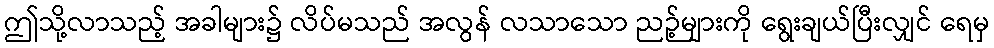
ဤသို့လာသည့် အခါများ၌ လိပ်မသည် အလွန် လသာသော ညဉ့်များကို ရွေးချယ်ပြီးလျှင် ရေမှ